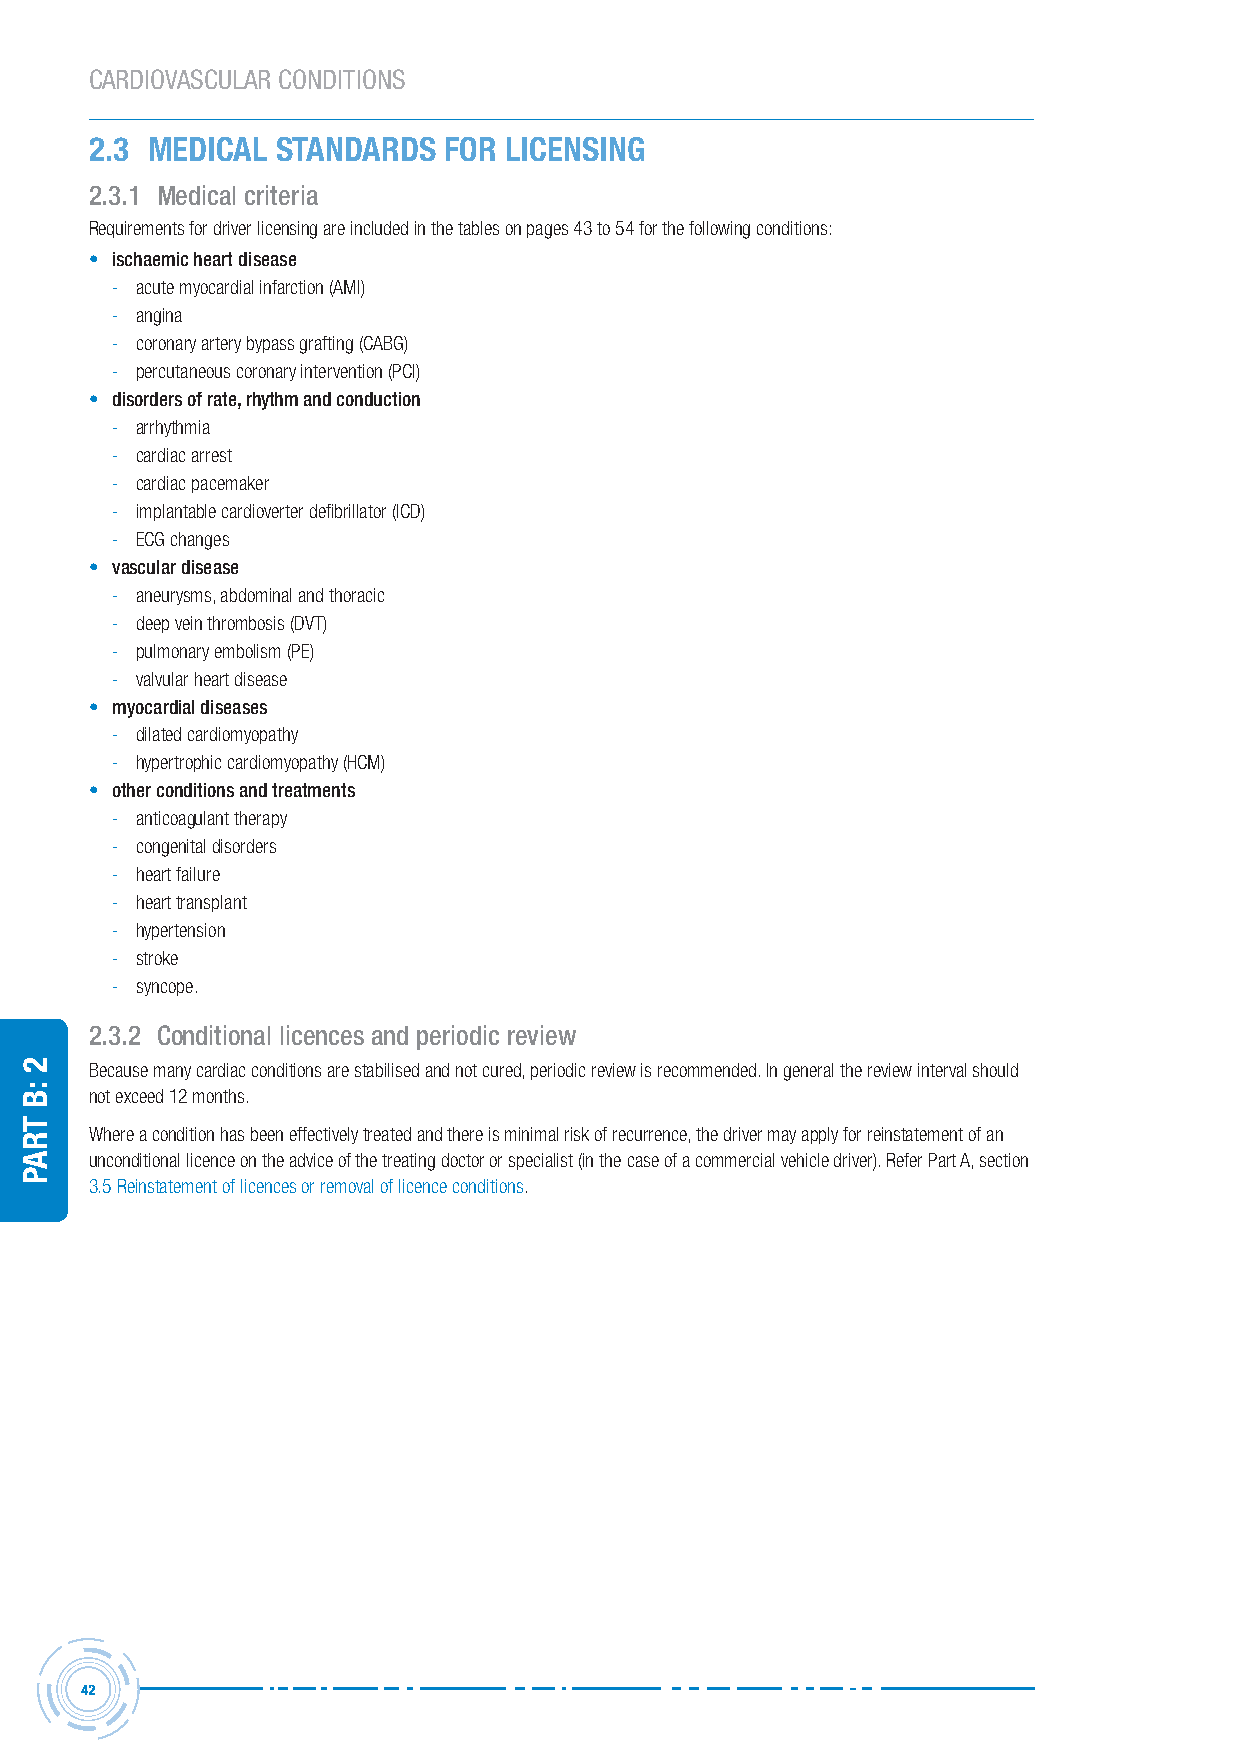
CARDIOVASCULAR CONDITIONS
 2.3 MEDICAL STANDARDS  FOR LICENSING
 2.3.1 Medical criteria
 Requirements for driver licensing are included in the tables on pages 43 to 54 for the following conditions:
 • ischaemic heart disease
 - acute myocardial infarction (AMI)
 - angina
 - coronary artery bypass grafting (CABG)
 - percutaneous coronary intervention (PCI)
 • disorders of rate, rhythm and conduction
 - arrhythmia
 - cardiac arrest
 - cardiac pacemaker
 - implantable cardioverter defibrillator (ICD)
 - ECG changes
 • vascular disease
 - aneurysms, abdominal and thoracic
 - deep vein thrombosis (DVT)
 - pulmonary embolism (PE)
 - valvular heart disease
 • myocardial diseases
 - dilated cardiomyopathy
 - hypertrophic cardiomyopathy (HCM)
 • other conditions and treatments
 - anticoagulant therapy
 - congenital disorders
 - heart failure
 - heart transplant
 - hypertension
 - stroke
 - syncope.
 2.3.2 conditional licences and periodic review
 Because many cardiac conditions are stabilised and not cured, periodic review is recommended. In general the review interval should
 not exceed 12 months.
 Where a condition has been effectively treated and there is minimal risk of recurrence, the driver may apply for reinstatement of an
 unconditional licence on the advice of the treating doctor or specialist (in the case of a commercial vehicle driver). Refer Part A, section
 3.5 Reinstatement of licences or removal of licence conditions.
 42
 2
 :B
 traP